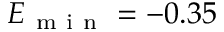
E _ { \mathrm { ~ m ~ i ~ n ~ } } = - 0 . 3 5